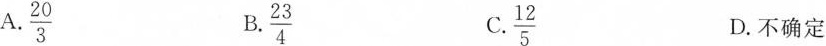
A. \frac{20}{3} B. \frac{23}{4} C. \frac{12}{5} D. 不确定